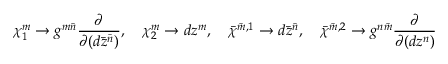
\chi _ { 1 } ^ { m } \to g ^ { m \bar { n } } \frac { \partial } { \partial ( d \bar { z } ^ { \bar { n } } ) } , \quad \chi _ { 2 } ^ { m } \to d z ^ { m } , \quad \bar { \chi } ^ { \bar { m } , 1 } \to d \bar { z } ^ { \bar { n } } , \quad \bar { \chi } ^ { \bar { m } , 2 } \to g ^ { n \bar { m } } \frac { \partial } { \partial ( d z ^ { n } ) }